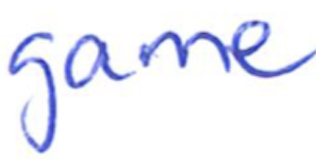
Text: game
Cross-out: clean
Writing tool: ballpoint